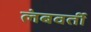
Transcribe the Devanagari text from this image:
लंबवर्ती